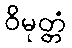
ဝိမုတ္တံ